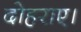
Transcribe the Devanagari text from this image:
दोहराए।